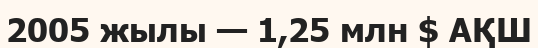
2005 жылы — 1,25 млн $ АҚШ